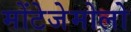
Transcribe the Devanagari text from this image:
मोंटेजेमोलो